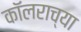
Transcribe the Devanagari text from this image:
कॉलराच्या